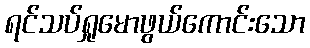
ရင်သပ်ရှုမောဖွယ်ကောင်းသော